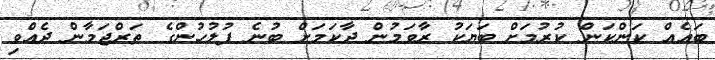
ބައެއް ކަންކަން ކުރުމަށް ބަޔަކު ރާވަމުން ދާކަމަށް ބުނެ ފުލުހުންގެ ތަރްޖަމާން ދެއްވި